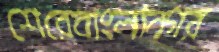
শেরেবাংলানগর